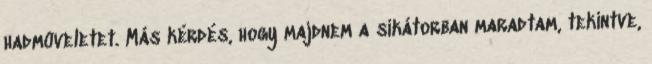
hadmûveletet. Más kérdés, hogy majdnem a sikátorban maradtam, tekintve,